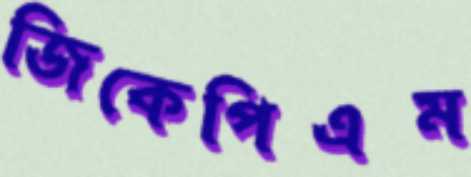
জিকেপিএম